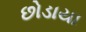
છોડાયા